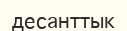
десанттык